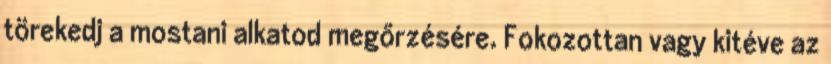
törekedj a mostani alkatod megőrzésére. Fokozottan vagy kitéve az